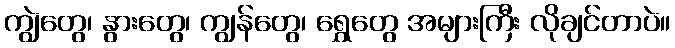
ကျွဲတွေ၊ နွားတွေ၊ ကျွန်တွေ၊ ရွှေတွေ အများကြီး လိုချင်တာပဲ။